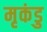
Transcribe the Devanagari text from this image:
मृकंडु